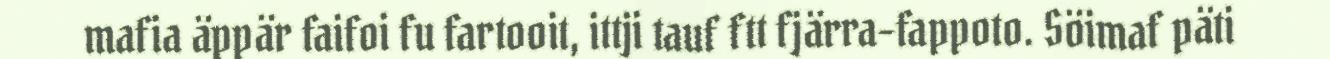
mafia äppär faifoi fu fartooit, ittji tauf ftt fjärra-fappoto. Söimaf päti